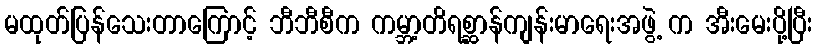
မထုတ်ပြန်သေးတာကြောင့် ဘီဘီစီက ကမ္ဘာ့တိရစ္ဆာန်ကျန်းမာရေးအဖွဲ့ က အီးမေးပို့ပြီး